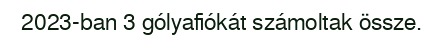
2023-ban 3 gólyafiókát számoltak össze.